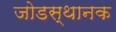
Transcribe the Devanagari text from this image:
जोडस्थानक